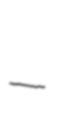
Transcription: –